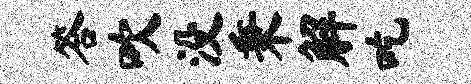
答吹没秉解吃